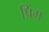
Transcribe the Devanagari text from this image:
प्रिंग